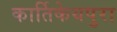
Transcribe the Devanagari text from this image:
कार्तिकेयपुरा